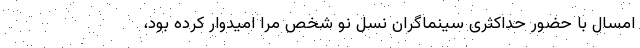
امسال با حضور حداکثری سینماگران نسل نو شخص مرا امیدوار کرده بود،